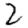
Digit: 2